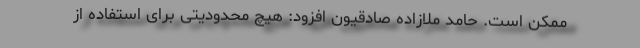
ممکن است. حامد ملازاده صادقیون افزود: هیچ محدودیتی برای استفاده از